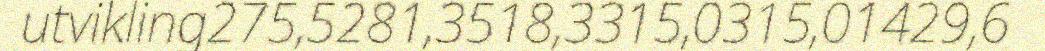
utvikling275,5281,3518,3315,0315,01429,6